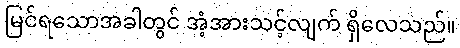
မြင်ရသောအခါတွင် အံ့အားသင့်လျက် ရှိလေသည်။